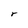
Character: r